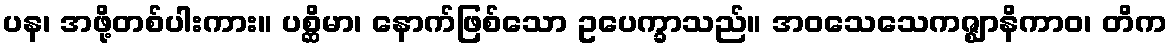
ပန၊ အဖို့တစ်ပါးကား။ ပစ္ဆိမာ၊ နောက်ဖြစ်သော ဥပေက္ခာသည်။ အဝသေသေကဇ္ဈာနိကာဝ၊ တိက